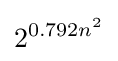
2^{0.792n^{2}}